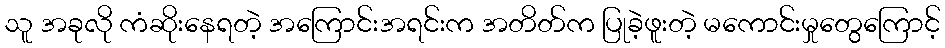
သူ အခုလို ကံဆိုးနေရတဲ့ အကြောင်းအရင်းက အတိတ်က ပြုခဲ့ဖူးတဲ့ မကောင်းမှုတွေကြောင့်